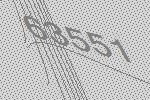
63551